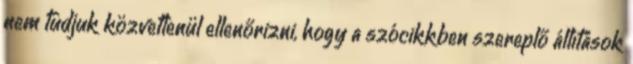
nem tudjuk közvetlenül ellenőrizni, hogy a szócikkben szereplő állítások